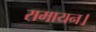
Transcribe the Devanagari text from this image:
रामायन।